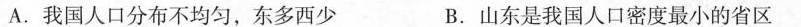
A.我国人口分布不均匀，东多西少 B.山东是我国人口密度最小的省区